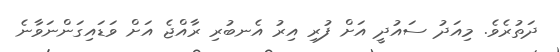
ދަތުރެވެ. މިއަދު ސައުދީ އަށް ފުރި އިރު އެނބުރި ރާއްޖެ އަށް ވަޑައިގަންނަވާނެ